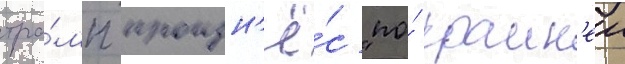
тра́мп произн'ё́с "по́ краин'еи